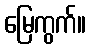
မြေကွက်။